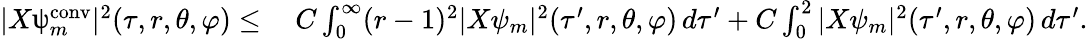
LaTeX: \begin{array}{rl}{|X\uppsi_{m}^{\mathrm{conv}}|^{2}(\tau,r,\theta,\varphi)\leq}&{\: C\int_{0}^{\infty}(r-1)^{2}|X\psi_{m}|^{2}(\tau^{\prime},r,\theta,\varphi)\, d\tau^{\prime}+C\int_{0}^{2}|X\psi_{m}|^{2}(\tau^{\prime},r,\theta,\varphi)\, d\tau^{\prime}.}\end{array}